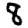
Digit: 8